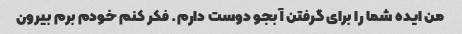
من ایده شما را برای گرفتن آبجو دوست دارم. فکر کنم خودم برم بیرون